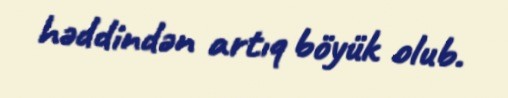
həddindən artıq böyük olub.